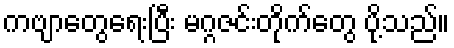
ကဗျာတွေရေးပြီး မဂ္ဂဇင်းတိုက်တွေ ပို့သည်။